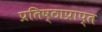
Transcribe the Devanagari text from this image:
प्रतिष्ठाप्राप्त